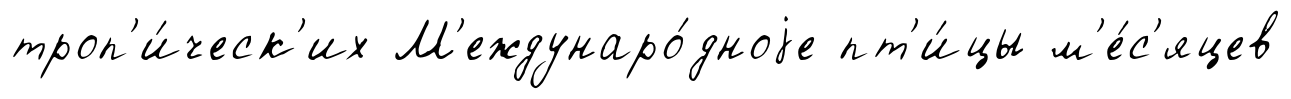
троп'и́ческ'их М'еждунаро́дноjе пт'и́цы м'е́с'яцев